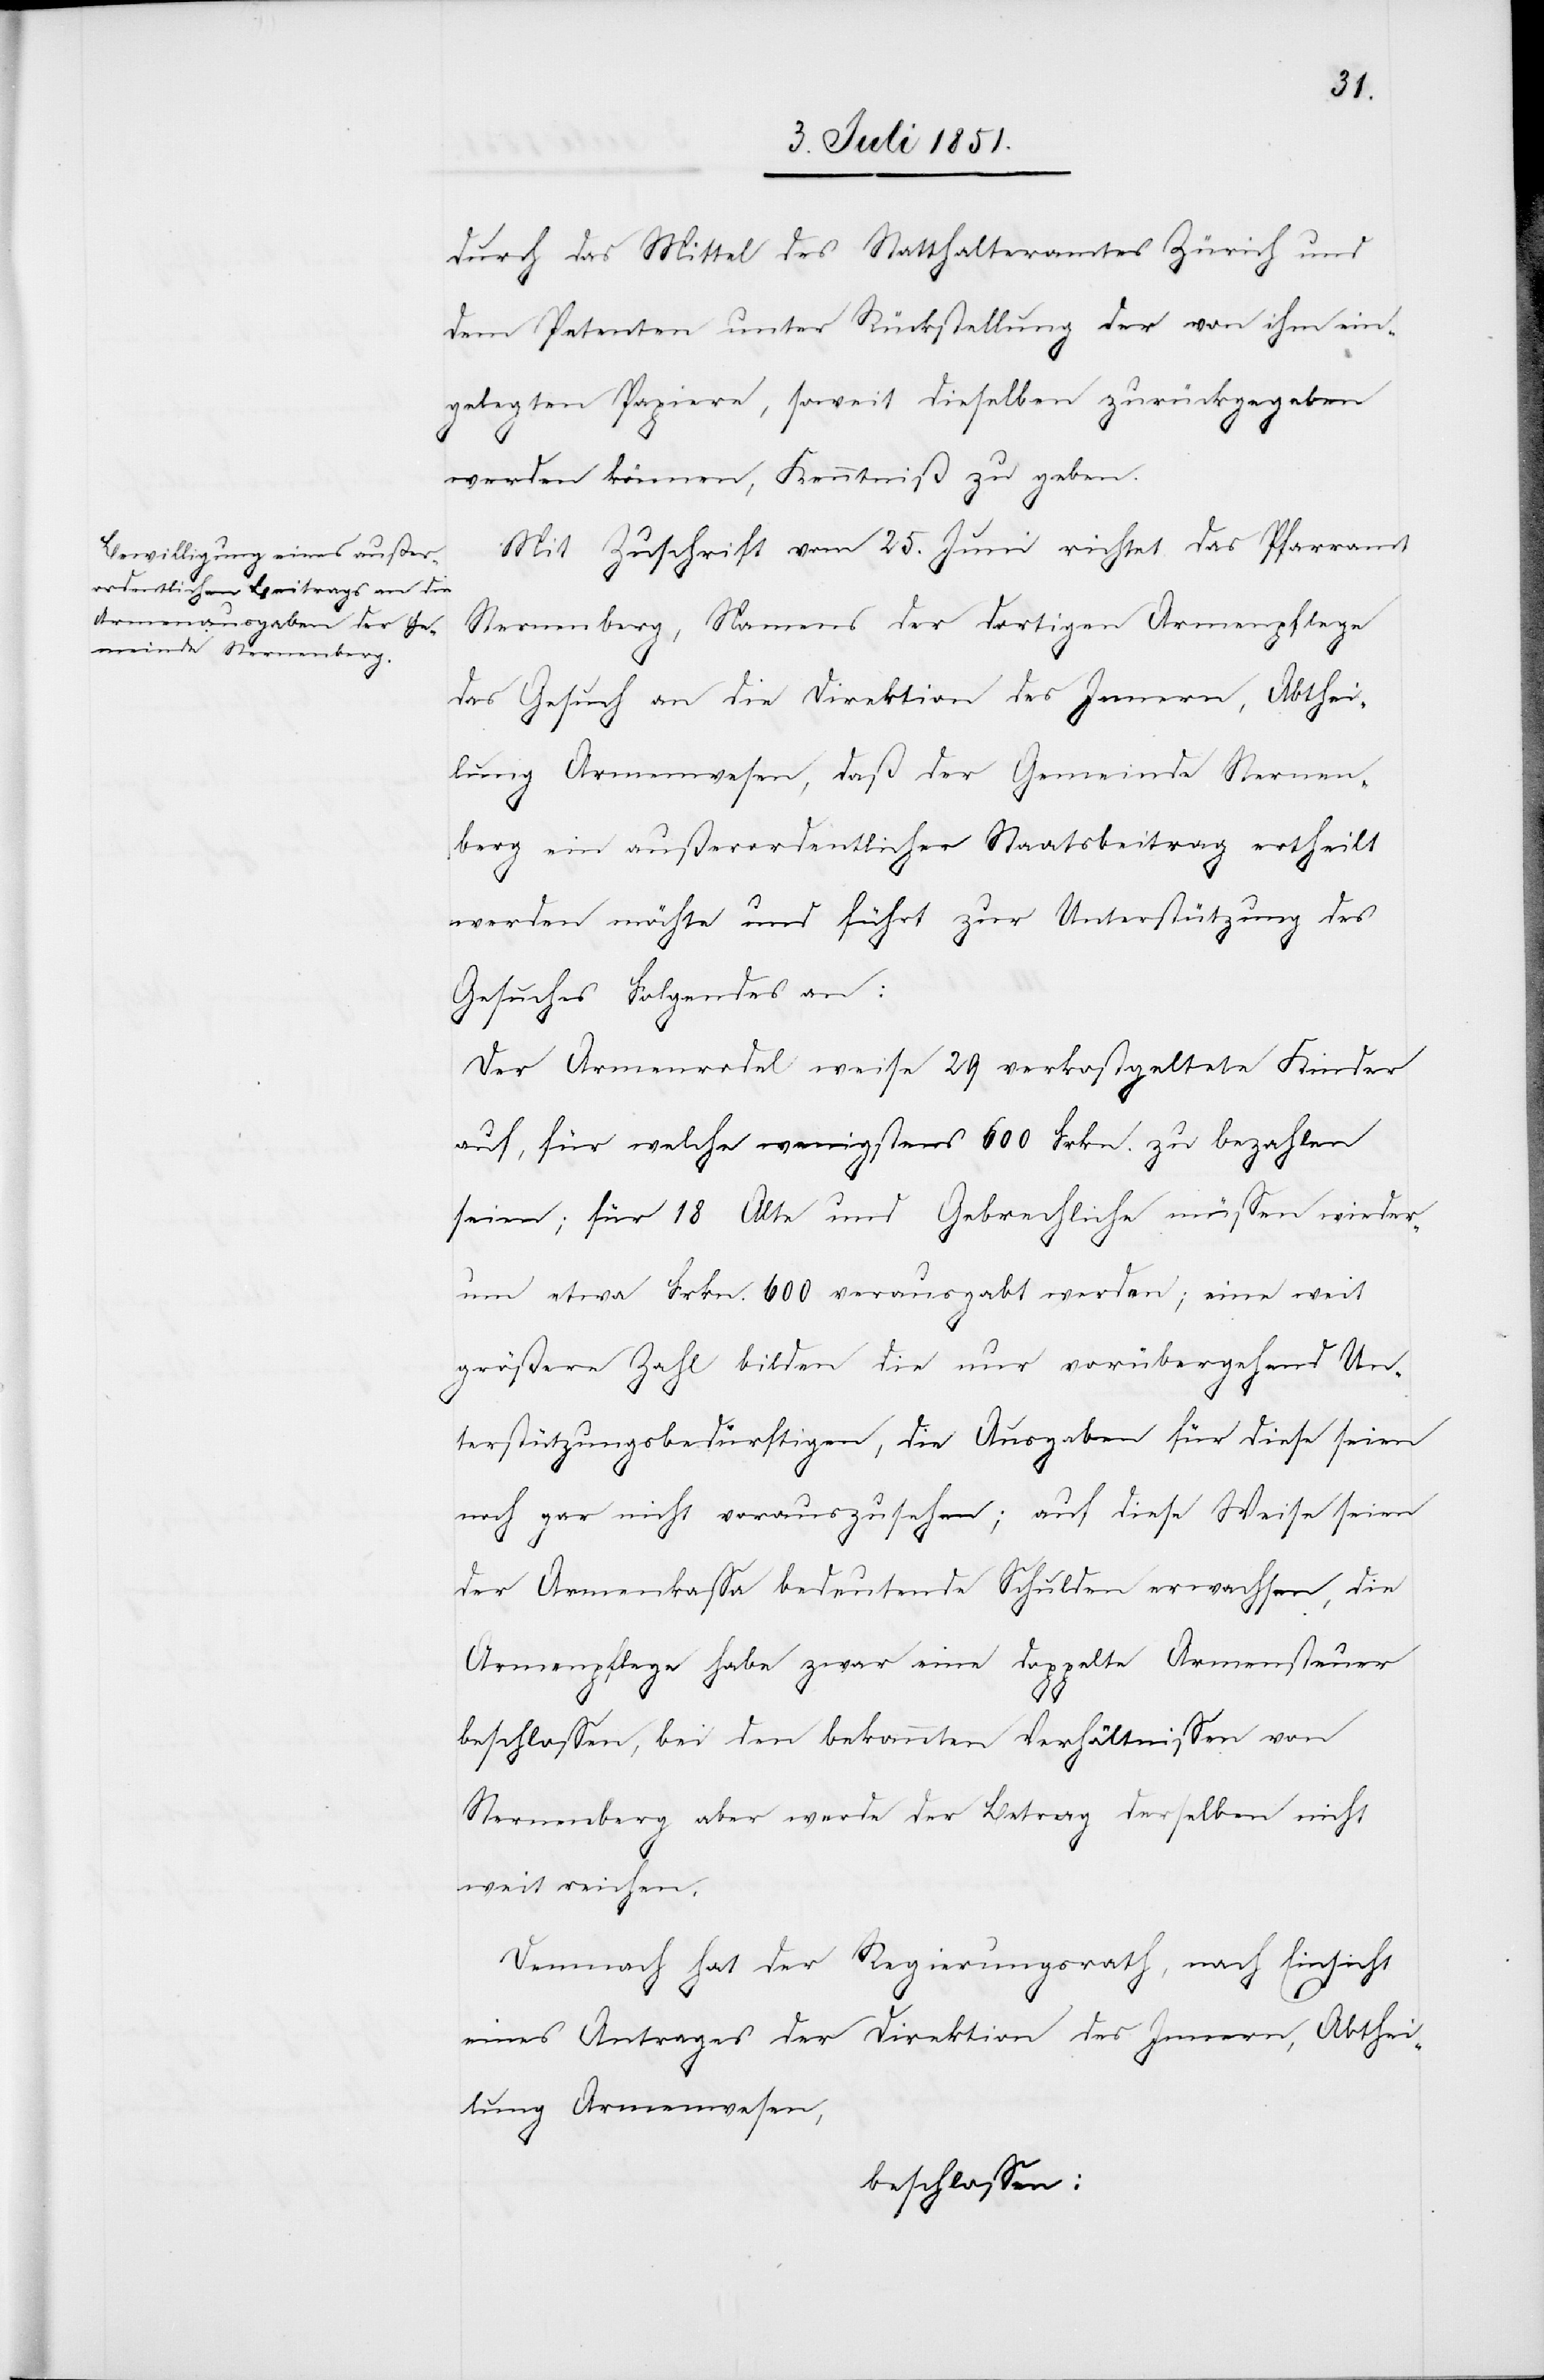
durch das Mittel des Statthalteramtes Zürich und
dem Petenten unter Rückstellung der von ihm ein¬
gelegten Papiere, soweit dieselben zurückgegeben
werden können, Kenntniß zu geben.
Mit Zuschrift vom 25. Juni richtet das Pfarramt
Sternenberg, Namens der dortigen Armenpflege
das Gesuch an die Direktion des Innern, Abthei¬
lung Armenwesen, daß der Gemeinde Sternen¬
berg ein außerordentlicher Staatsbeitrag ertheilt
werden möchte und führt zur Unterstützung des
Gesuches Folgendes an:
Der Armenrodel weise 29 verkostgeltete Kinder
auf, für welche wenigstens 600 Frkn. zu bezahlen
seien; für 18 Alte und Gebrechliche müssen wieder¬
um etwa Frkn. 600 verausgabt werden; eine weit
größere Zahl bilden die nur vorübergehend Un¬
terstützungsbedürftigen, die Ausgaben für diese seien
noch gar nicht vorauszusehen; auf diese Weise seien
der Armenkassa bedeutende Schulden erwachsen, die
Armenpflege habe zwar eine doppelte Armensteuer
beschlossen, bei den bekannten Verhältnissen von
Sternenberg aber werde der Betrag derselben nicht
weit reichen.
Demnach hat der Regierungsrath, nach Einsicht
eines Antrages der Direktion des Innern, Abthei¬
lung Armenwesen,
beschlossen: